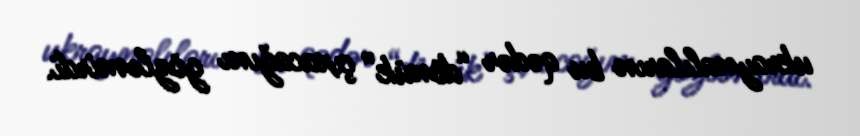
ukraynalıların bu qədər “dönük” çıxacağını gözləmirdi.